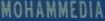
MOHAMMEDIA